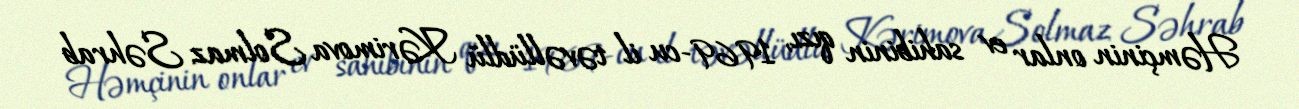
Həmçinin onlar ev sahibinin qızı, 1969-cu il təvəllüdlü Kərimova Solmaz Səhrab